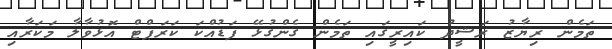
ތަމެން ރިޔާޒު ރަޝީދު ކައިރީގައި ތަމެން ގެންގުޅޭ ފަޑުއްކަ ކަރަޕްޓް އޮޅުވާލާ މަކަރާއި